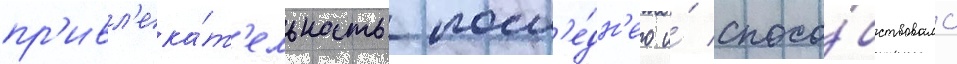
пр'ивл'ека́т'ельность посл'е́дн'его и́ спосо́бствовало